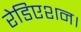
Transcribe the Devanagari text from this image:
रेडिएशन।